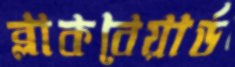
ব্লাকবেয়ার্ড